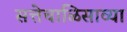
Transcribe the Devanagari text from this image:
सत्तेचाळिसाव्या